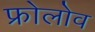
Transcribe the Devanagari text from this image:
फ्रोलोव